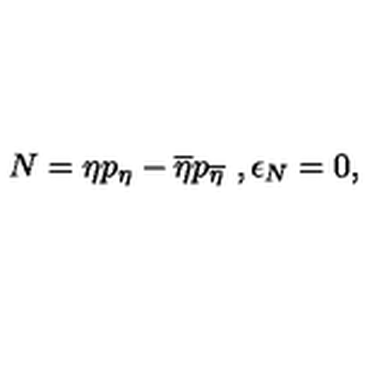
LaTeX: N = \eta p _ { \eta } - \overline { { \eta } } p _ { \overline { { \eta } } } \ , \epsilon _ { N } = 0 ,